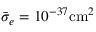
\bar { \sigma } _ { e } = 1 0 ^ { - 3 7 } \mathrm { c m } ^ { 2 }